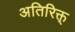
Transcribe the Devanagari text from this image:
अतिरिक्त्